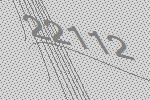
22112